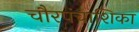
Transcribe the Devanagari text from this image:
चौरपंचाशिका